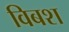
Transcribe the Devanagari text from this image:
विबश